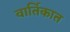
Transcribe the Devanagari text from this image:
वार्तिकात